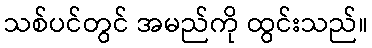
သစ်ပင်တွင် အမည်ကို ထွင်းသည်။